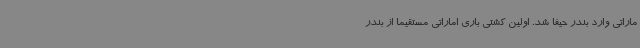
ماراتی وارد بندر حیفا شد. اولین کشتی باری اماراتی مستقیما از بندر